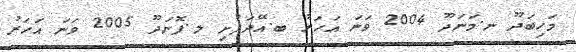
މަހިބަދޫ ނ.މަނަދޫ 2004 ވަނަ އަހަރު ބ.އޭދަފުށި ލ.ފޮނަދޫ 2005 ވަނަ އަހަރު